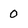
Character: 0